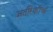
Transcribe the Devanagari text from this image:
अतीरेकींचा